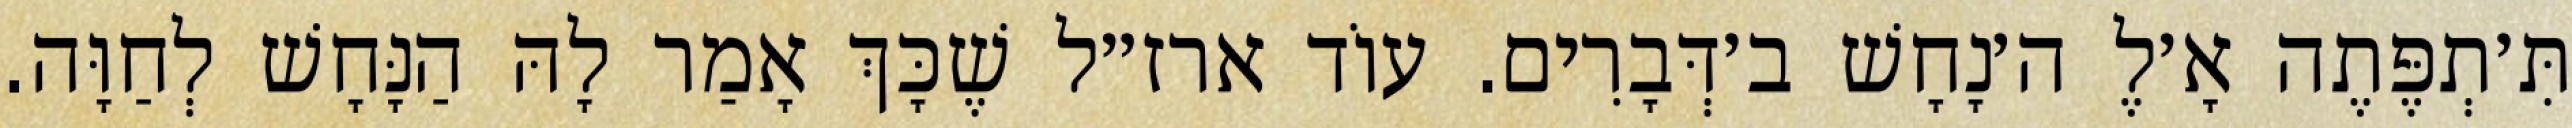
תִּ׳תְפֶּתֶה אָ׳לֶ ה׳נָחָשׁ ב׳דְּבָרִים. עוֹד ארז״ל שֶׁכָּךְ אָמַר לָהּ הַנָּחָשׁ לְחַוָּה.